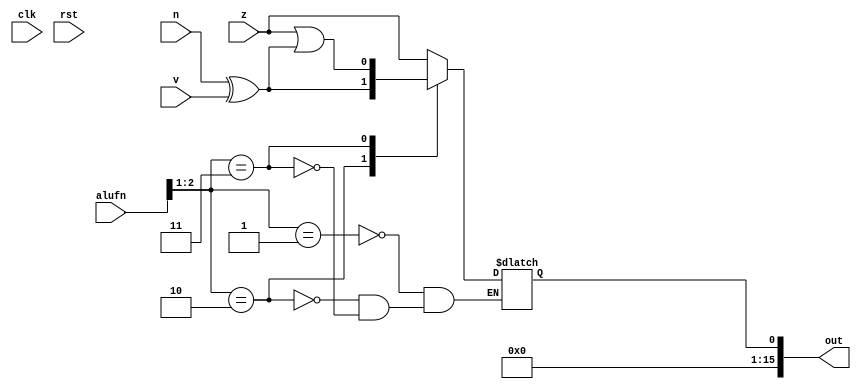
/*
   This file was generated automatically by the Mojo IDE version B1.3.6.
   Do not edit this file directly. Instead edit the original Lucid source.
   This is a temporary file and any changes made to it will be destroyed.
*/

module compare_32 (
    input clk,
    input rst,
    input [5:0] alufn,
    input z,
    input v,
    input n,
    output reg [15:0] out
  );
  
  
  
  always @* begin
    out[1+14-:15] = 15'h0000;
    
    case (alufn[1+1-:2])
      2'h1: begin
        out[0+0-:1] = z;
      end
      2'h2: begin
        out[0+0-:1] = n ^ v;
      end
      2'h3: begin
        out[0+0-:1] = z | (n ^ v);
      end
    endcase
  end
endmodule